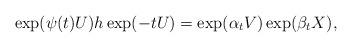
LaTeX: \begin{align*}\exp(\psi(t)U)h\exp(-tU)=\exp(\alpha_tV)\exp(\beta_tX),\end{align*}